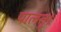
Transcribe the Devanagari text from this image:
पालतू।